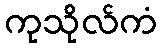
ကုသိုလ်ကံ